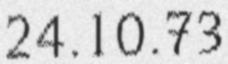
24.10.73